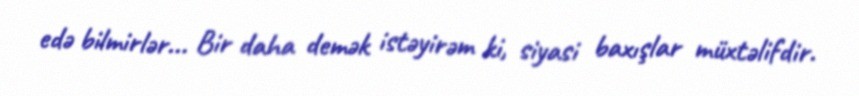
edə bilmirlər... Bir daha demək istəyirəm ki, siyasi baxışlar müxtəlifdir.